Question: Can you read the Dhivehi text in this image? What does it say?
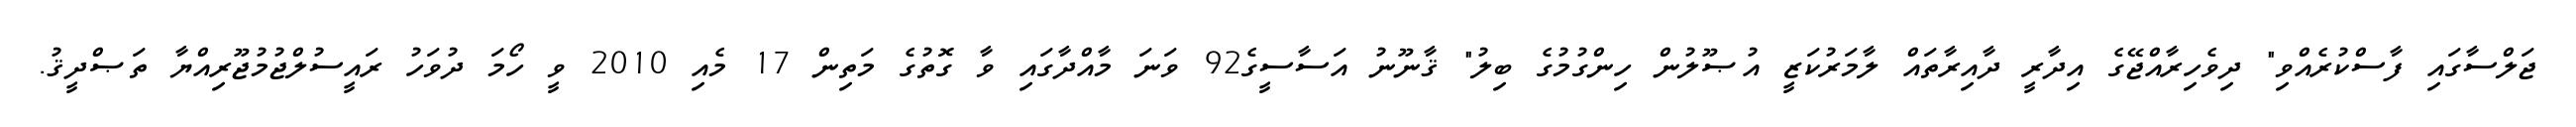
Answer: ޖަލްސާގައި ފާސްކުރެއްވި" ދިވެހިރާއްޖޭގެ އިދާރީ ދާއިރާތައް ލާމަރުކަޒީ އުޞޫލުން ހިންގުމުގެ ބިލު" ޤާނޫނު އަސާސީގެ92 ވަނަ މާއްދާގައި ވާ ގޮތުގެ މަތިން 17 މެއި 2010 ވީ ހޯމަ ދުވަހު ރައީސުލްޖުމުޖޫރިއްޔާ ތަޞްދީޤު.